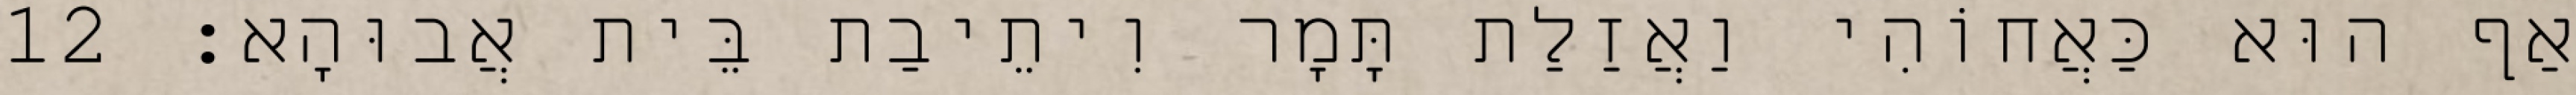
אַף הוּא כַּאֲחוֹהִי וַאֲזַלַת תָּמָר וִיתֵיבַת בֵּית אֲבוּהָא׃ 12